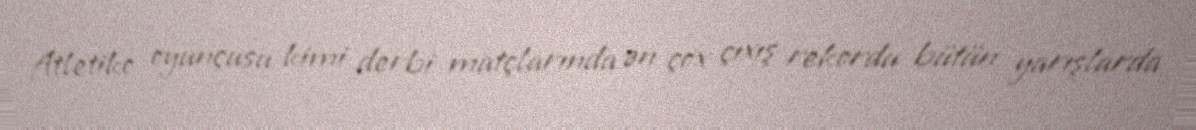
Atletiko oyunçusu kimi derbi matçlarında ən çox çıxış rekordu bütün yarışlarda